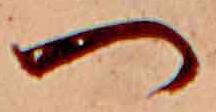
つ